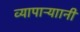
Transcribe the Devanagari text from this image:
व्यापाऱ्याानी